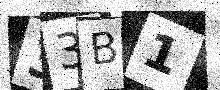
Text: 33B1